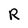
Character: R